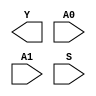
/**
 * Copyright 2020 The SkyWater PDK Authors
 *
 * Licensed under the Apache License, Version 2.0 (the "License");
 * you may not use this file except in compliance with the License.
 * You may obtain a copy of the License at
 *
 *     https://www.apache.org/licenses/LICENSE-2.0
 *
 * Unless required by applicable law or agreed to in writing, software
 * distributed under the License is distributed on an "AS IS" BASIS,
 * WITHOUT WARRANTIES OR CONDITIONS OF ANY KIND, either express or implied.
 * See the License for the specific language governing permissions and
 * limitations under the License.
 *
 * SPDX-License-Identifier: Apache-2.0
 */

`ifndef SKY130_FD_SC_MS__MUX2I_BLACKBOX_V
`define SKY130_FD_SC_MS__MUX2I_BLACKBOX_V

/**
 * mux2i: 2-input multiplexer, output inverted.
 *
 * Verilog stub definition (black box without power pins).
 *
 * WARNING: This file is autogenerated, do not modify directly!
 */

`timescale 1ns / 1ps
`default_nettype none

(* blackbox *)
module sky130_fd_sc_ms__mux2i (
    Y ,
    A0,
    A1,
    S
);

    output Y ;
    input  A0;
    input  A1;
    input  S ;

    // Voltage supply signals
    supply1 VPWR;
    supply0 VGND;
    supply1 VPB ;
    supply0 VNB ;

endmodule

`default_nettype wire
`endif  // SKY130_FD_SC_MS__MUX2I_BLACKBOX_V